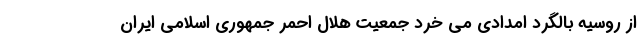
از روسیه بالگرد امدادی می خرد جمعیت هلال احمر جمهوری اسلامی ایران